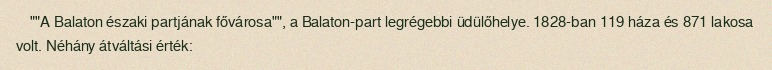
""A Balaton északi partjának fővárosa"", a Balaton-part legrégebbi üdülőhelye. 1828-ban 119 háza és 871 lakosa volt. Néhány átváltási érték: